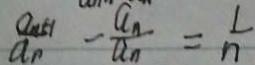
\frac { a _ { n } + 1 } { a _ { n } } - \frac { a _ { n } } { a _ { n } } = \frac { 1 } { n }